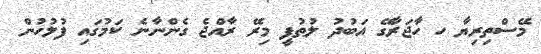
މޭސްތިރިޔާ ހ ހާޖަރާގޭ އަބުދު ލުޠުފީ މިރޭ ރާއްޖެ ގެންނާނެ ކަމުގައި ފުލުހުން